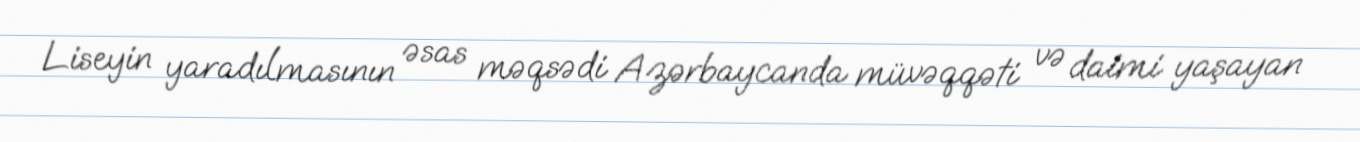
Liseyin yaradılmasının əsas məqsədi Azərbaycanda müvəqqəti və daimi yaşayan